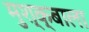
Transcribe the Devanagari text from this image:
मुश्क्बाला